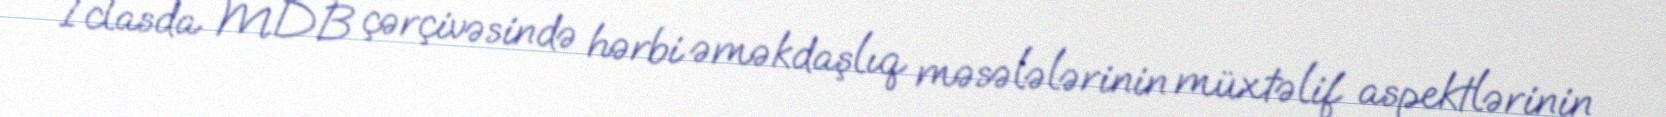
İclasda MDB çərçivəsində hərbi əməkdaşlıq məsələlərinin müxtəlif aspektlərinin